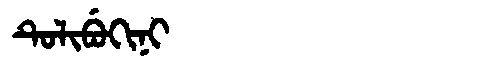
Manchu: ᡨᡠᠯᡳᠪᡠᡴᡳᠨᡳ
Romanization: TULIBUKINI